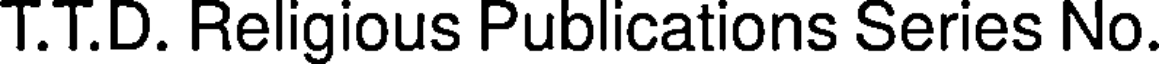
T.T.D. Religious Publications Series No.